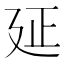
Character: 𢌛